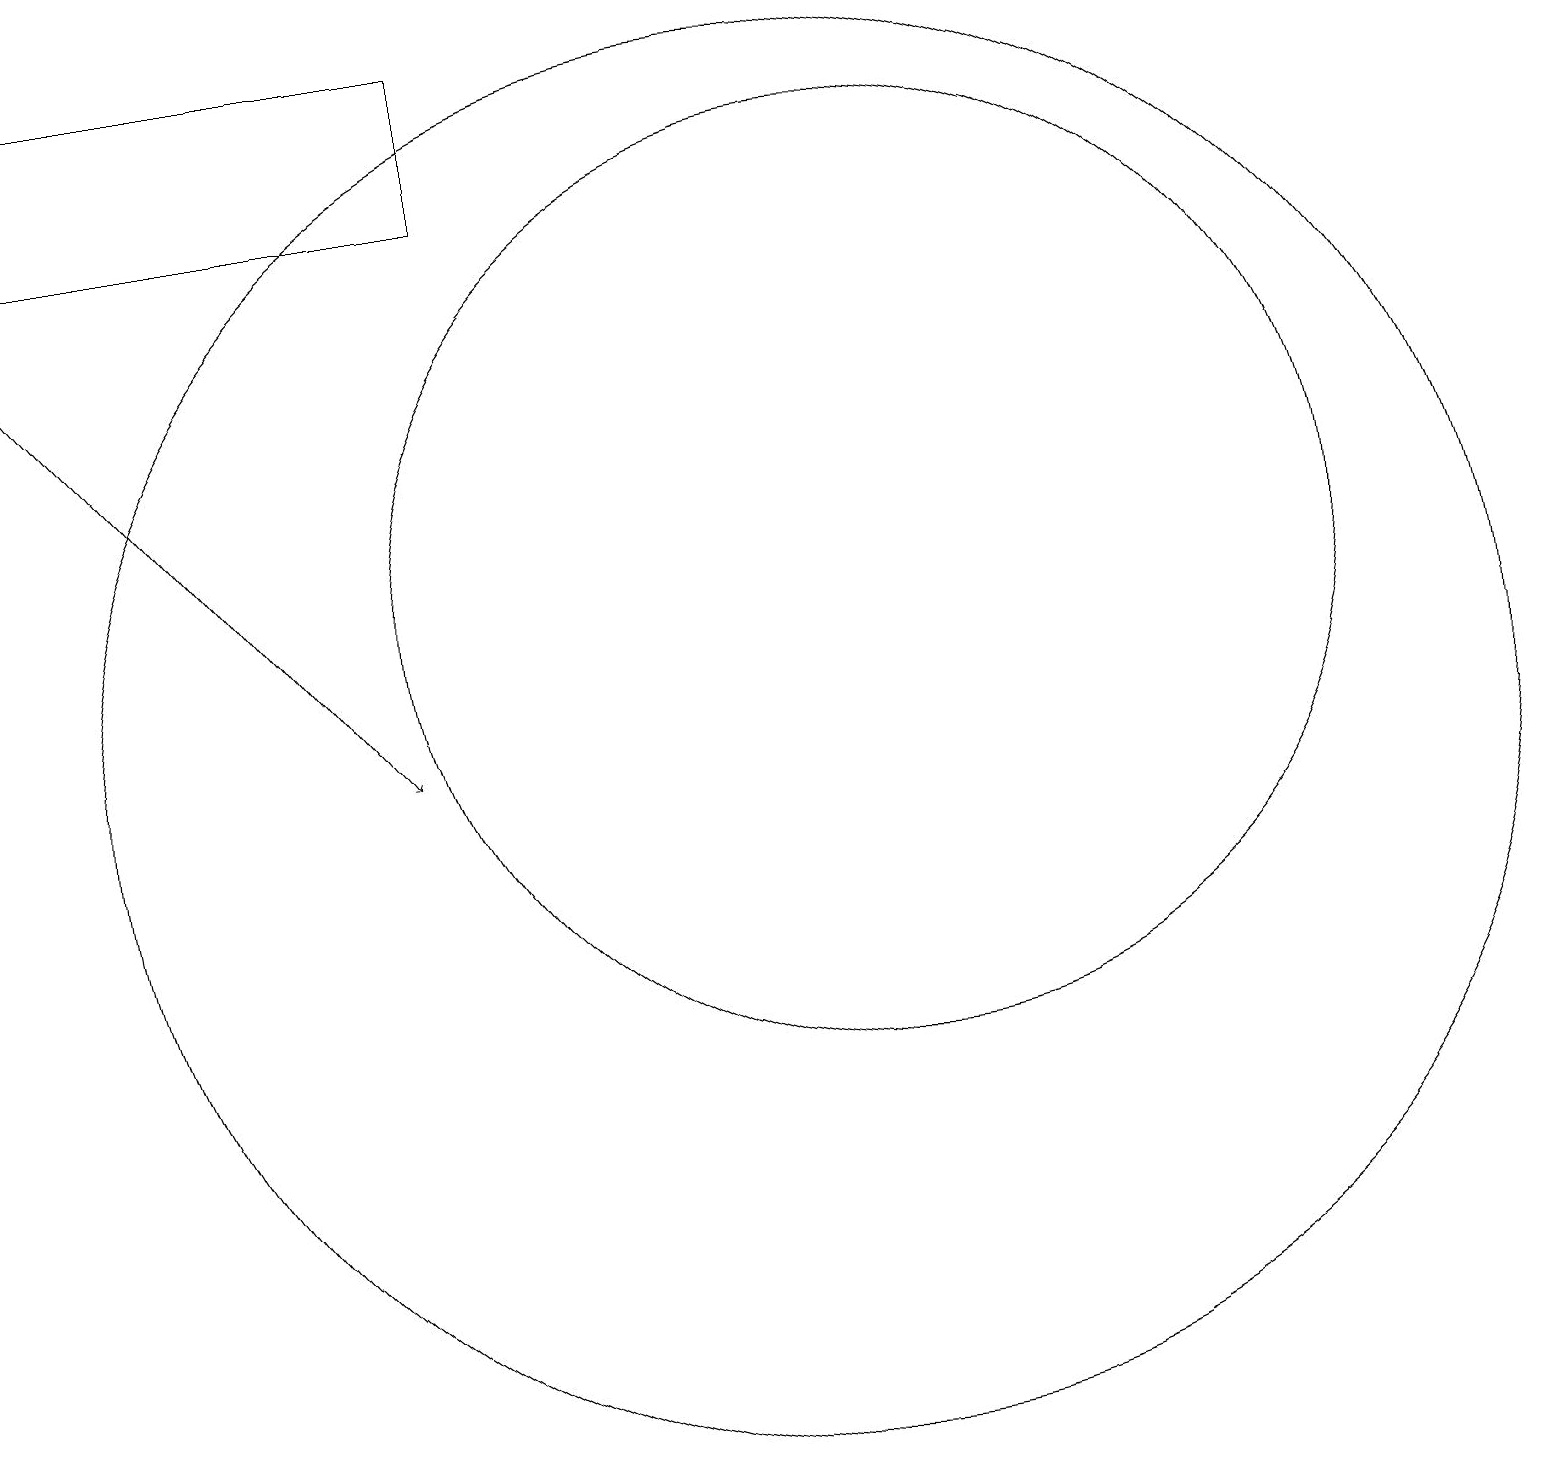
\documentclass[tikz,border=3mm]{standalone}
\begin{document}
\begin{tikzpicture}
\draw[->] (0,16) -- (5,10);
\draw (10,10) circle (9);
\draw (6,17) rectangle (0,19);
\draw (11,12) circle (6);
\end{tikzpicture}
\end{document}